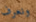
ونعرف